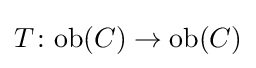
T\colon \mathrm {ob} (C)\to \mathrm {ob} (C)